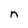
Character: n